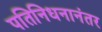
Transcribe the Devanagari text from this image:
पतिनिधनानंतर